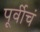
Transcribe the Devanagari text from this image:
पूर्वीचं